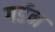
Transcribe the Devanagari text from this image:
गर्डन